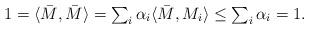
LaTeX: \begin{align*}\textstyle 1 = \langle \bar{M}, \bar{M} \rangle = \sum_{i} \alpha_i \langle \bar{M}, M_i \rangle \leq \sum_{i} \alpha_i = 1.\end{align*}